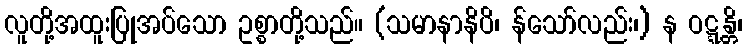
လူတို့အထူးပြုအပ်သော ဥစ္စာတို့သည်။ (သမာနာနိပိ၊ န်သော်လည်း၊) န ဝဋ္ဋန္တိ၊